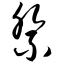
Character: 祭